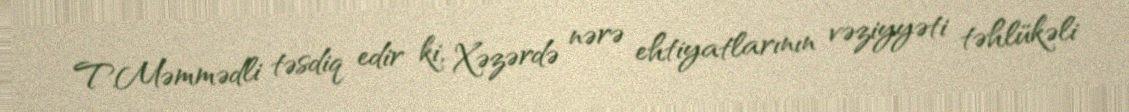
T.Məmmədli təsdiq edir ki, Xəzərdə nərə ehtiyatlarının vəziyyəti təhlükəli